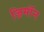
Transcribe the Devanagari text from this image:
ज़िमाॅन